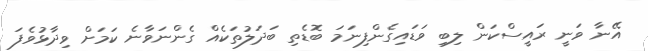
އޭނާ ވަނީ ރައީސްކަން ލިބި ވަޑައިގެންފިނަމަ ބޮޑެތި ބަދަލުތަކެއް ގެންނަވާނެ ކަމަށް ވިދާޅުވެފަ